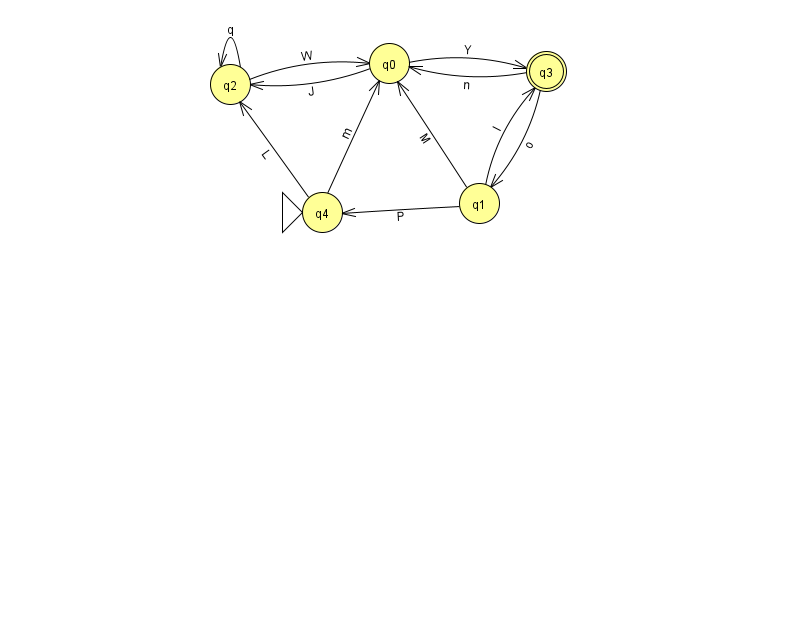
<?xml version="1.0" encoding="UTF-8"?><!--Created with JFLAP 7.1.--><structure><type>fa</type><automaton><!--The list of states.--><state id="0" name="q0"><x>389.0</x><y>50.0</y></state><state id="1" name="q1"><x>479.0</x><y>190.0</y></state><state id="2" name="q2"><x>230.0</x><y>71.0</y></state><state id="3" name="q3"><x>546.0</x><y>58.0</y><final/></state><state id="4" name="q4"><x>322.0</x><y>199.0</y><initial/></state><!--The list of transitions.--><transition><from>0</from><to>2</to><read>J</read></transition><transition><from>2</from><to>2</to><read>q</read></transition><transition><from>3</from><to>0</to><read>n</read></transition><transition><from>3</from><to>1</to><read>o</read></transition><transition><from>1</from><to>3</to><read>I</read></transition><transition><from>0</from><to>3</to><read>Y</read></transition><transition><from>4</from><to>0</to><read>m</read></transition><transition><from>1</from><to>4</to><read>P</read></transition><transition><from>2</from><to>0</to><read>W</read></transition><transition><from>4</from><to>2</to><read>L</read></transition><transition><from>1</from><to>0</to><read>M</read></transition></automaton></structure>